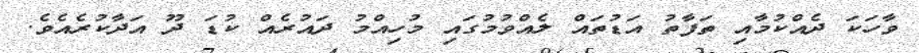
ވާހަކަ ދެއްކުމާއި ތަފާތު އަޑުތައް ލެއްވުމުގައި މުހިއްމު ދައުރެއް ކުޑަ ދޫ އަދާކުރެއެވެ.